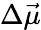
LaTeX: \Delta\vec{\mu}